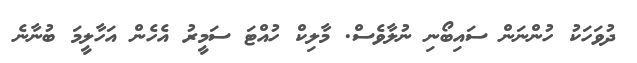
ދުވަހަކު ހުންނަން ސައިބޯނި ނުލާވެސް. މާލިކް ހުއްޓަ ސަމީރު އެހެން އަހާލީމަ ބުނާނެ